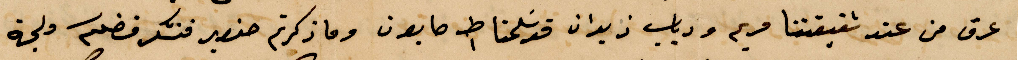
عرق من عند شقيقتنا مرين ودياب زيدان قد سلمان ط ١ صابون وما ذكرتم حنصير فنشكر فضلكم ولجهة